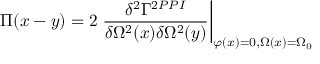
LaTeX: \Pi ( x - y ) = 2 \left. \frac { \delta ^ { 2 } \Gamma ^ { 2 P P I } } { \delta \Omega ^ { 2 } ( x ) \delta \Omega ^ { 2 } ( y ) } \right| _ { \varphi ( x ) = 0 , \Omega ( x ) = \Omega _ { 0 } }